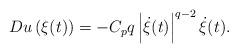
LaTeX: \begin{align*} Du\left( \xi(t) \right)=-C_pq\left|\dot{\xi}(t)\right|^{q-2} \dot{\xi}(t).\end{align*}